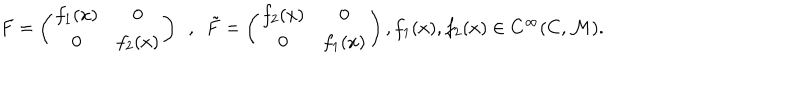
F = \left( \begin{array} { c c } { { f _ { 1 } ( x ) } } & { { 0 } } \\ { { 0 } } & { { f _ { 2 } ( x ) } } \\ \end{array} \right) ~ ~ , ~ ~ { \tilde { F } } = \left( \begin{array} { c c } { { f _ { 2 } ( x ) } } & { { 0 } } \\ { { 0 } } & { { f _ { 1 } ( x ) } } \\ \end{array} \right) , f _ { 1 } ( x ) , f _ { 2 } ( x ) \in C ^ { \infty } ( C , { \cal M } ) .